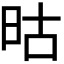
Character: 𬀬